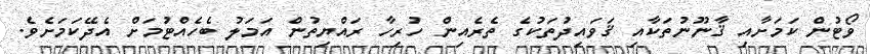
ވޯޓުން ކަމަށާއި ޤާނޫނުތަކާއި ޤަވައިދުތަކުގެ ތެރެއިން ހުރިހާ ރައްޔިތުން އަަމަލު ބެހެއްޓުމަށް އެދޭކަމަށެވެ.